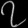
Digit: ၇